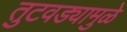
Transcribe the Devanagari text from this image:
तुटवड्यामुळे